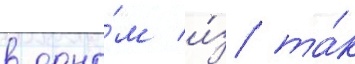
в одно́м и́з та́к